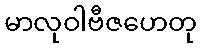
မာလုဝါဗီဇဟေတု